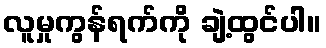
လူမှုကွန်ရက်ကို ချဲ့ထွင်ပါ။